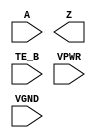
/**
 * Copyright 2020 The SkyWater PDK Authors
 *
 * Licensed under the Apache License, Version 2.0 (the "License");
 * you may not use this file except in compliance with the License.
 * You may obtain a copy of the License at
 *
 *     https://www.apache.org/licenses/LICENSE-2.0
 *
 * Unless required by applicable law or agreed to in writing, software
 * distributed under the License is distributed on an "AS IS" BASIS,
 * WITHOUT WARRANTIES OR CONDITIONS OF ANY KIND, either express or implied.
 * See the License for the specific language governing permissions and
 * limitations under the License.
 *
 * SPDX-License-Identifier: Apache-2.0
 */

`ifndef SKY130_FD_SC_HS__EBUFN_PP_SYMBOL_V
`define SKY130_FD_SC_HS__EBUFN_PP_SYMBOL_V

/**
 * ebufn: Tri-state buffer, negative enable.
 *
 * Verilog stub (with power pins) for graphical symbol definition
 * generation.
 *
 * WARNING: This file is autogenerated, do not modify directly!
 */

`timescale 1ns / 1ps
`default_nettype none

(* blackbox *)
module sky130_fd_sc_hs__ebufn (
    //# {{data|Data Signals}}
    input  A   ,
    output Z   ,

    //# {{control|Control Signals}}
    input  TE_B,

    //# {{power|Power}}
    input  VPWR,
    input  VGND
);
endmodule

`default_nettype wire
`endif  // SKY130_FD_SC_HS__EBUFN_PP_SYMBOL_V